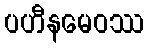
ပဟီနမေဝဿ